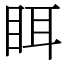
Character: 眲